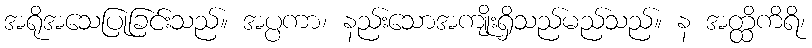
အရိုအသေပြုခြင်းသည်။ အပ္ပကာ၊ နည်းသောအကျိုးရှိသည်မည်သည်။ န အတ္ထိကိရိ၊